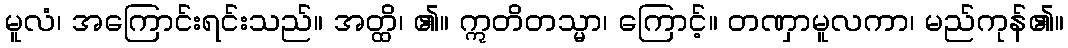
မူလံ၊ အကြောင်းရင်းသည်။ အတ္ထိ၊ ၏။ ဣတိတသ္မာ၊ ကြောင့်။ တဏှာမူလကာ၊ မည်ကုန်၏။